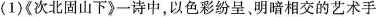
( 1 )《 次北固山下 》一诗中，以色彩纷呈，明暗相交的艺术手